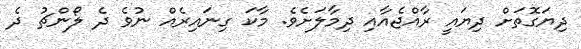
ދިޔަގޮތަށް ދިޔައީ ރާއްޖެއާއި ދިމާލަށެވެ. މާކަ ގިނައިރެއް ނުވެ ދެ ލޯންޗު ދެ